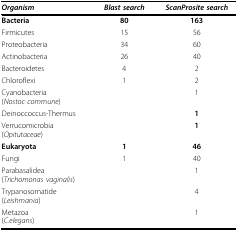
<table><thead><tr><td><b><i>Organism</i></b></td><td><b><i>Blast search</i></b></td><td><b><i>ScanProsite search</i></b></td></tr></thead><tbody><tr><td><b>Bacteria</b></td><td><b>80</b></td><td><b>163</b></td></tr><tr><td>Firmicutes</td><td>15</td><td>56</td></tr><tr><td>Proteobacteria</td><td>34</td><td>60</td></tr><tr><td>Actinobacteria</td><td>26</td><td>40</td></tr><tr><td>Bacteroidetes</td><td>4</td><td>2</td></tr><tr><td>Chloroflexi</td><td>1</td><td>2</td></tr><tr><td>Cyanobacteria(<i>Nostoc commune</i>)</td><td></td><td>1</td></tr><tr><td>Deinoccoccus-Thermus</td><td></td><td><b>1</b></td></tr><tr><td>Verrucomicrobia(<i>Opitutaceae</i>)</td><td></td><td><b>1</b></td></tr><tr><td><b>Eukaryota</b></td><td><b>1</b></td><td><b>46</b></td></tr><tr><td>Fungi</td><td>1</td><td>40</td></tr><tr><td>Parabasalidea(<i>Trichomonas vaginalis</i>)</td><td></td><td>1</td></tr><tr><td>Trypanosomatide(<i>Leishmania</i>)</td><td></td><td>4</td></tr><tr><td>Metazoa(<i>C.elegans</i>)</td><td></td><td>1</td></tr></tbody></table>